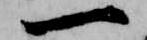
一